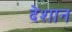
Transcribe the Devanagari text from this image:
देशान